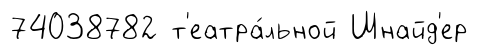
74038782 т'еатра́льной Шнайд'ер